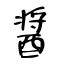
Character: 醤